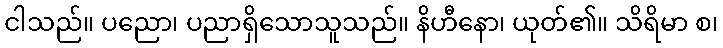
ငါသည်။ ပညော၊ ပညာရှိသောသူသည်။ နိဟီနော၊ ယုတ်၏။ သိရိမာ စ၊